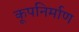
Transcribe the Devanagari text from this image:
कूपनिर्माण